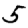
Digit: 5